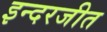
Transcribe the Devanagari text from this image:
इन्दरजीत